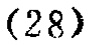
\((28)\)